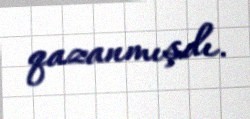
qazanmışdı.